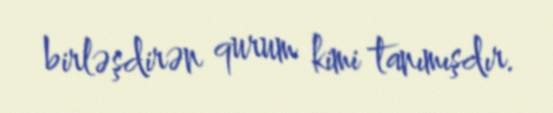
birləşdirən qurum kimi tanımışdır.